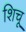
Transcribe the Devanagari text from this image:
शिचू